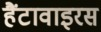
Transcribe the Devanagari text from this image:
हैंटावाइरस